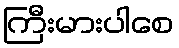
ကြီးမားပါစေ